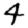
Digit: 4